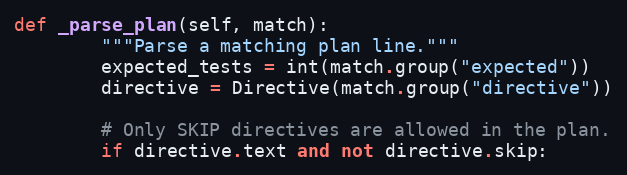
Language: Python
def _parse_plan(self, match):
        """Parse a matching plan line."""
        expected_tests = int(match.group("expected"))
        directive = Directive(match.group("directive"))

        # Only SKIP directives are allowed in the plan.
        if directive.text and not directive.skip: